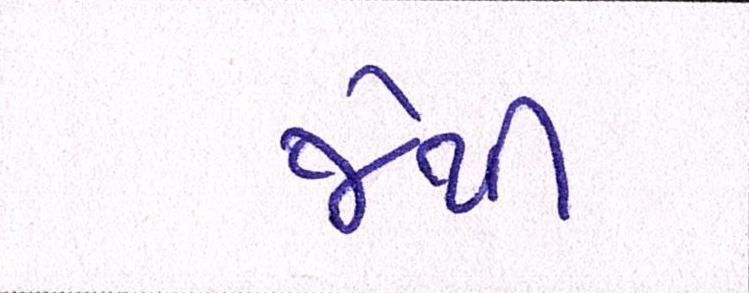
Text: જેથી